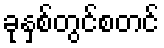
ခုနှစ်တွင်စတင်